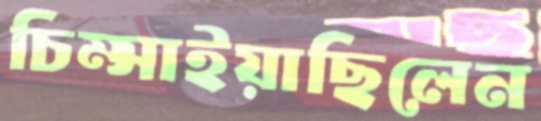
চিম্‌সাইয়াছিলেন